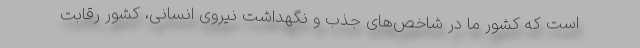
است كه كشور ما در شاخص‌های جذب و نگهداشت نیروی انسانی، كشور رقابت